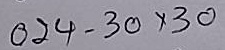
024 - 30 x 30